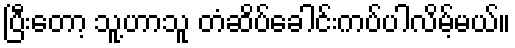
ပြီးတော့ သူ့ဟာသူ တံဆိပ်ခေါင်းကပ်ပါလိမ့်မယ်။